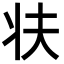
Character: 𭷀